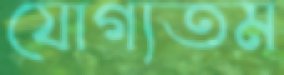
যোগ্যতম